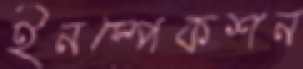
ইনস্পেকশন